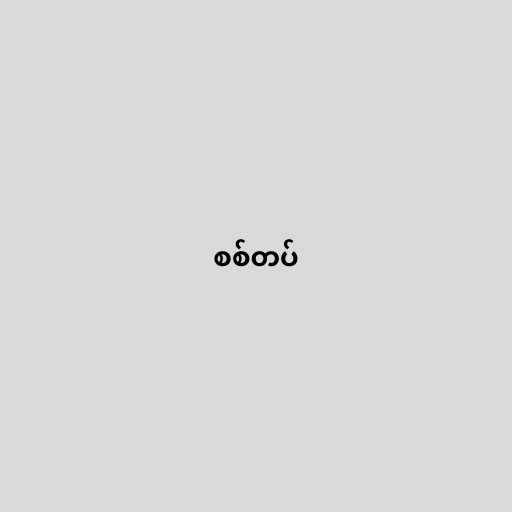
စစ်တပ်